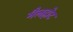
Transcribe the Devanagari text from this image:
मैलहोट